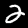
Label: 2